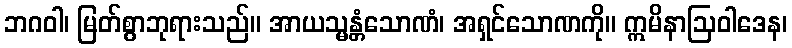
ဘဂဝါ၊ မြတ်စွာဘုရားသည်။ အာယသ္မန္တံသောဏံ၊ အရှင်သောဏကို။ ဣမိနာဩဝါဒေန၊